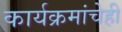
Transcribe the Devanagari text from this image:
कार्यक्रमांचेही